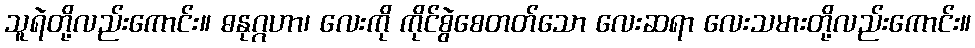
သူရဲတို့လည်းကောင်း။ ဓနုဂ္ဂဟာ၊ လေးကို ကိုင်စွဲစေတတ်သော လေးဆရာ လေးသမားတို့လည်းကောင်း။